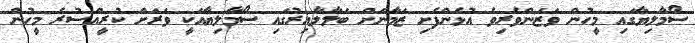
ސޯމާލިޔާގައި މީހުން ވަޒަންވެރިވެ އުޅެންފެށި ޒަމާނަށް ބަލާލާއިރުގައި ސޯމާލިޔާއަކީ ވަރަށް ކުރީއްސުރެ މީހުން